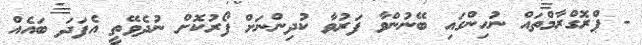
- ޕްރޮގްރާމްތައް ނުހިންގައި ބޭނުންވާ ފަރުވާ ކުދިންނަށް ފޯރުކޮށް ނުދެވޭތީ އެފަދަ ބައެއް